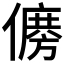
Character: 𠏛